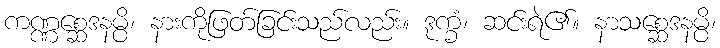
ကဏ္ဏစ္ဆေဒနမ္ပိ၊ နားကိုဖြတ်ခြင်းသည်လည်း။ ဒုက္ခံ၊ ဆင်းရဲ၏။ နာသစ္ဆေဒနမ္ပိ၊